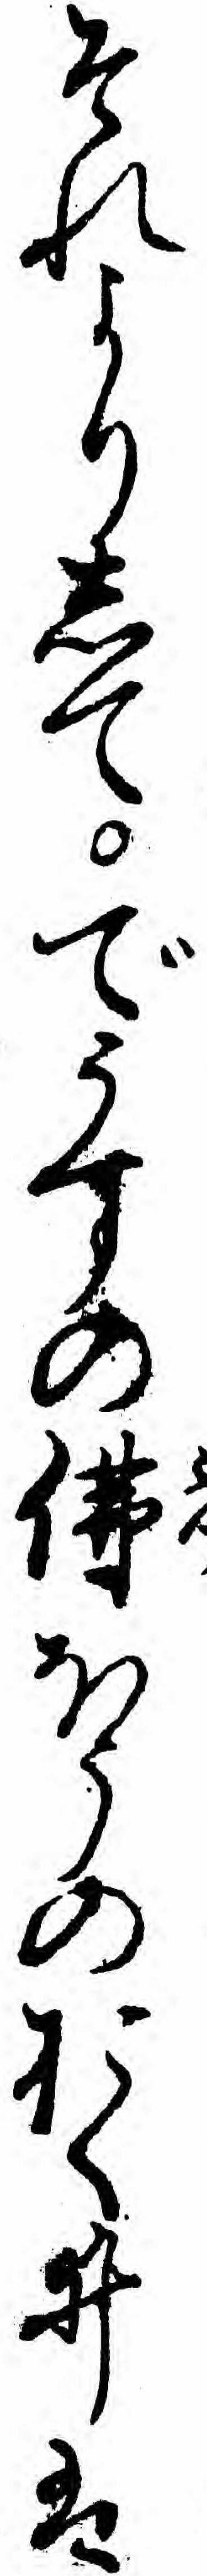
それよりしてでうすの仏ほうのおくゐは